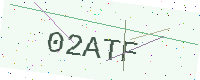
Text: 02ATF